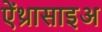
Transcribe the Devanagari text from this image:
ऐंथ्रासाइअ